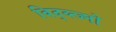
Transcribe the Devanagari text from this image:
विद्व्त्ज्नो